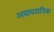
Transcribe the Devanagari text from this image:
अबायरानिक